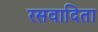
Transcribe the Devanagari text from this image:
रसवादिता